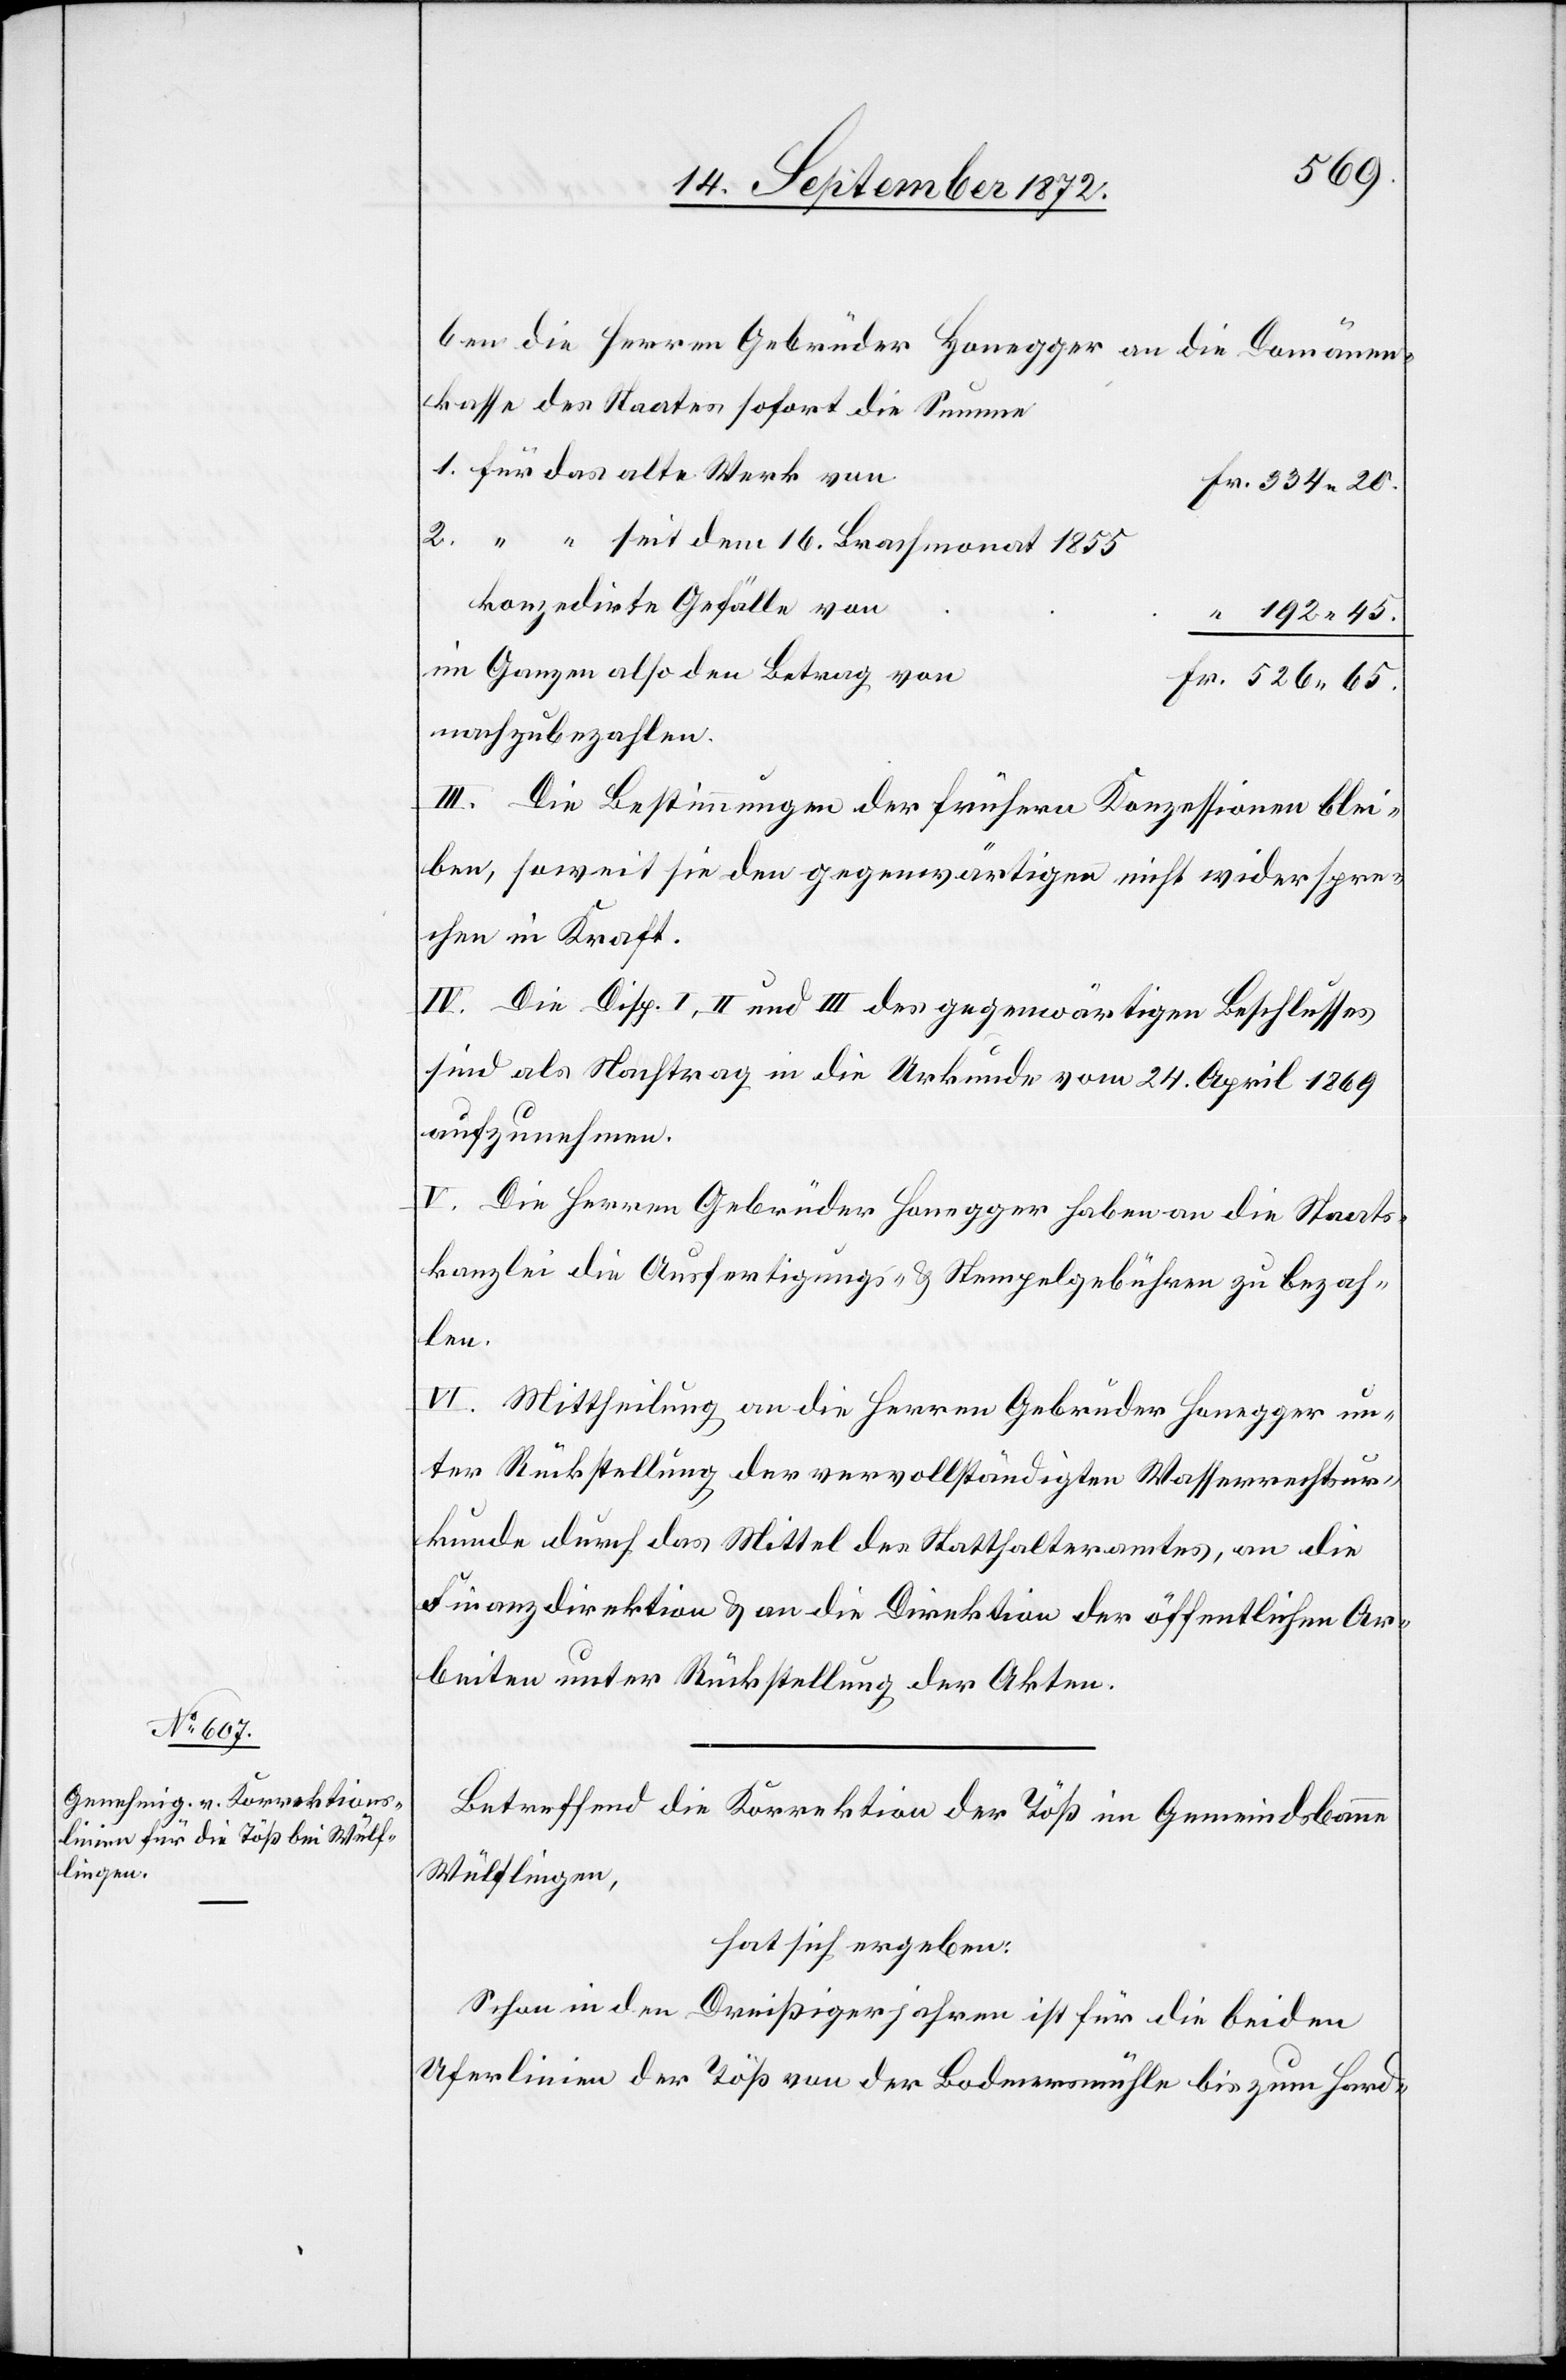
526 65.
ben die Herren Gebrüder Honegger an die Domänen¬
kasse des Staates sofort die Summe
konzedirte Gefälle von
192 45.
im Ganzen also den Betrag von
nachzubezahlen.
III. Die Bestimmungen der frühern Konzessionen blei¬
ben, soweit sie den gegenwärtigen nicht widerspre¬
chen in Kraft.
IV. Die Disp. I, II und III des gegenwärtigen Beschlusses
sind als Nachtrag in die Urkunde vom 24. April 1869
aufzunehmen.
V. Die Herren Gebrüder Honegger haben an die Staats¬
kanzlei die Ausfertigungs- u. Stempelgebühren zu bezah¬
len.
VI. Mittheilung an die Herren Gebrüder Honegger un¬
ter Rückstellung der vervollständigten Wasserrechtsur¬
kunde durch das Mittel des Statthalteramtes, an die
Finanzdirektion u. an die Direktion der öffentlichen Ar¬
beiten unter Rückstellung der Akten.
Betreffend die Korrektion der Töß im Gemeindsbanne
Wülflingen,
hat sich ergeben:
Schon in den Dreißigerjahren ist für die beiden
Uferlinien der Töß von der Bodmersmühle bis zum Hard-